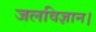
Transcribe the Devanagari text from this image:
जलविज्ञान।